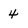
Character: 4